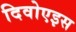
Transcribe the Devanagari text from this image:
दिवोएइस